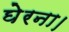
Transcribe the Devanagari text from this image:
घेरना।